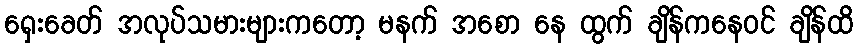
ရှေးခေတ် အလုပ်သမားများကတော့ မနက် အစော နေ ထွက် ချိန်ကနေဝင် ချိန်ထိ